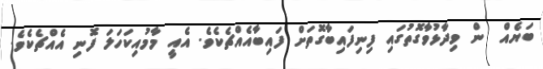
ބަޔެއް  ން ވިދާޅުވާގޮތުގައި ފިނިފައިބާގޮތަށް ފައިބާއެއްޗެކެވެ. އެއީ މާމުއިކަހަލަ ފޮނި އެއްޗެކެވެ.